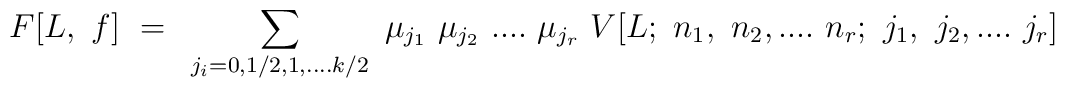
F[L,~f]~=~ \sum_{j_i=0,1/2,1,....k/2}~\mu_{j_1}~\mu_{j_2}~....~\mu_{j_r}~ V[L;~n_1,~n_2,....~n_r;~ j_1,~j_2,....~j_r]